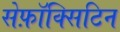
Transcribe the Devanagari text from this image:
सेफ़ॉक्सिटिन